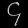
Digit: ၄